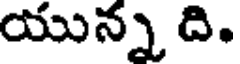
యున్న ది.